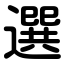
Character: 選